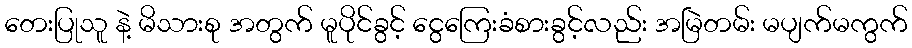
တေးပြုသူ နဲ့ မိသားစု အတွက် မူပိုင်ခွင့် ငွေကြေးခံစားခွင့်လည်း အမြဲတမ်း မပျက်မကွက်